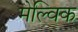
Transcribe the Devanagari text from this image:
मेल्विक